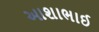
આશાભાઈ